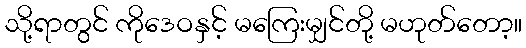
သို့ရာတွင် ကိုဒေဝနှင့် မကြေးမျှင်တို့ မဟုတ်တော့။